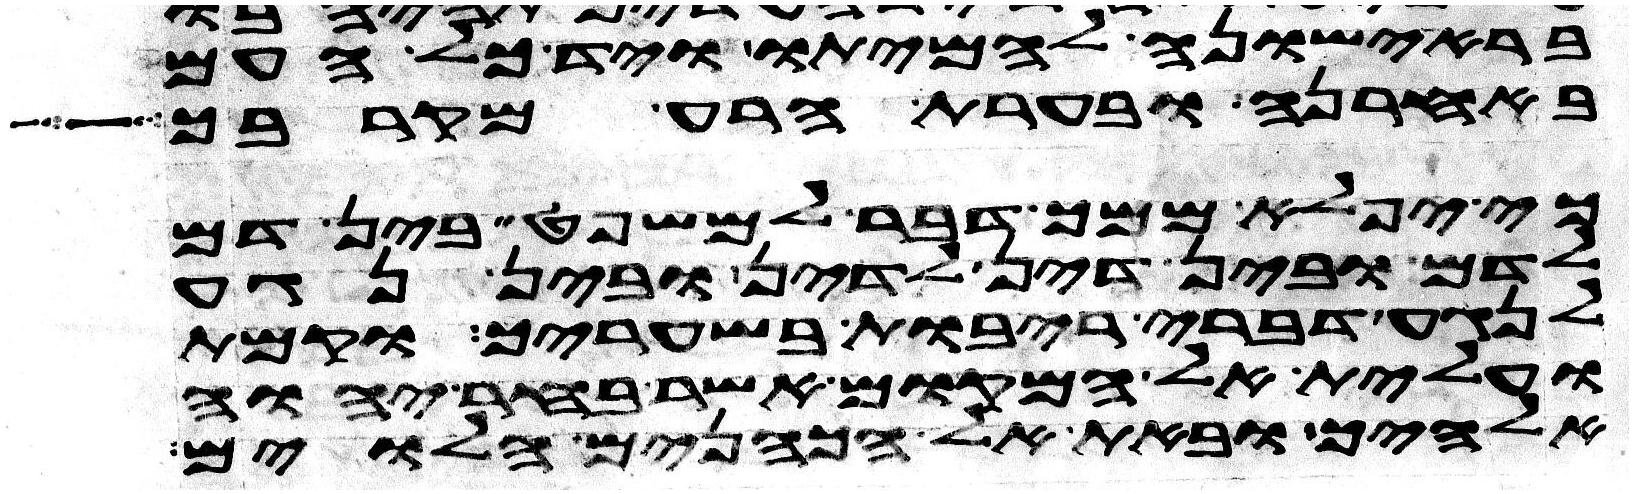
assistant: בראישונה להמיתו ויד כל העם
באחרנה ובערת הרע מקרבך
כי יפלא ממך דבר למשפט בין דם
לדם ובין דין לדין ובין נגע
לנגע דברי ריבות בשעריך וקמת
ועלית אל המקום אשר בחר יהוה
אלהיך ובאת אל הכהנים הלוים